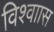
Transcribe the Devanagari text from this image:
विश्वाास